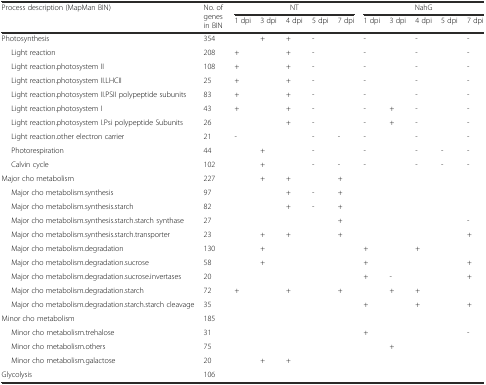
<table><thead><tr><td rowspan="2"><b>Process description (MapMan BIN)</b></td><td rowspan="2"><b>No. of genes in BIN</b></td><td colspan="5"><b>NT</b></td><td colspan="5"><b>NahG</b></td></tr><tr><td><b>1 dpi</b></td><td><b>3 dpi</b></td><td><b>4 dpi</b></td><td><b>5 dpi</b></td><td><b>7 dpi</b></td><td><b>1 dpi</b></td><td><b>3 dpi</b></td><td><b>4 dpi</b></td><td><b>5 dpi</b></td><td><b>7 dpi</b></td></tr></thead><tbody><tr><td>Photosynthesis</td><td>354</td><td></td><td>+</td><td>+</td><td>-</td><td></td><td>-</td><td></td><td>-</td><td></td><td>-</td></tr><tr><td>Light reaction</td><td>208</td><td>+</td><td></td><td>+</td><td>-</td><td></td><td>-</td><td></td><td>-</td><td></td><td>-</td></tr><tr><td>Light reaction.photosystem II</td><td>108</td><td>+</td><td></td><td>+</td><td>-</td><td></td><td>-</td><td></td><td>-</td><td></td><td>-</td></tr><tr><td>Light reaction.photosystem II.LHCII</td><td>25</td><td>+</td><td></td><td>+</td><td>-</td><td></td><td>-</td><td></td><td>-</td><td></td><td>-</td></tr><tr><td>Light reaction.photosystem II.PSII polypeptide subunits</td><td>83</td><td>+</td><td></td><td>+</td><td>-</td><td></td><td>-</td><td></td><td>-</td><td></td><td>-</td></tr><tr><td>Light reaction.photosystem I</td><td>43</td><td>+</td><td></td><td>+</td><td>-</td><td></td><td>-</td><td>+</td><td>-</td><td></td><td>-</td></tr><tr><td>Light reaction.photosystem I.Psi polypeptide Subunits</td><td>26</td><td></td><td></td><td>+</td><td>-</td><td></td><td>-</td><td>+</td><td>-</td><td></td><td>-</td></tr><tr><td>Light reaction.other electron carrier</td><td>21</td><td>-</td><td></td><td></td><td>-</td><td>-</td><td>-</td><td></td><td>-</td><td></td><td>-</td></tr><tr><td>Photorespiration</td><td>44</td><td></td><td>+</td><td></td><td>-</td><td></td><td>-</td><td></td><td>-</td><td>-</td><td>-</td></tr><tr><td>Calvin cycle</td><td>102</td><td></td><td>+</td><td></td><td>-</td><td>-</td><td>-</td><td></td><td>-</td><td>-</td><td>-</td></tr><tr><td>Major cho metabolism</td><td>227</td><td></td><td>+</td><td>+</td><td></td><td>+</td><td></td><td></td><td></td><td></td><td></td></tr><tr><td>Major cho metabolism.synthesis</td><td>97</td><td></td><td></td><td>+</td><td>-</td><td>+</td><td></td><td></td><td></td><td></td><td></td></tr><tr><td>Major cho metabolism.synthesis.starch</td><td>82</td><td></td><td></td><td>+</td><td>-</td><td>+</td><td></td><td></td><td></td><td></td><td></td></tr><tr><td>Major cho metabolism.synthesis.starch.starch synthase</td><td>27</td><td></td><td></td><td></td><td></td><td>+</td><td></td><td></td><td></td><td></td><td>-</td></tr><tr><td>Major cho metabolism.synthesis.starch.transporter</td><td>23</td><td></td><td>+</td><td>+</td><td></td><td>+</td><td></td><td></td><td></td><td></td><td>+</td></tr><tr><td>Major cho metabolism.degradation</td><td>130</td><td></td><td>+</td><td></td><td></td><td></td><td>+</td><td></td><td>+</td><td></td><td></td></tr><tr><td>Major cho metabolism.degradation.sucrose</td><td>58</td><td></td><td>+</td><td></td><td></td><td></td><td>+</td><td></td><td></td><td></td><td>+</td></tr><tr><td>Major cho metabolism.degradation.sucrose.invertases</td><td>20</td><td></td><td></td><td></td><td></td><td></td><td>+</td><td>-</td><td></td><td></td><td>+</td></tr><tr><td>Major cho metabolism.degradation.starch</td><td>72</td><td>+</td><td></td><td>+</td><td></td><td>+</td><td></td><td>+</td><td>+</td><td></td><td></td></tr><tr><td>Major cho metabolism.degradation.starch.starch cleavage</td><td>35</td><td></td><td></td><td></td><td></td><td></td><td>+</td><td></td><td>+</td><td></td><td>+</td></tr><tr><td>Minor cho metabolism</td><td>185</td><td></td><td></td><td></td><td></td><td></td><td></td><td></td><td></td><td></td><td></td></tr><tr><td>Minor cho metabolism.trehalose</td><td>31</td><td></td><td></td><td></td><td></td><td></td><td>+</td><td></td><td></td><td></td><td>-</td></tr><tr><td>Minor cho metabolism.others</td><td>75</td><td></td><td></td><td></td><td></td><td></td><td></td><td>+</td><td></td><td></td><td></td></tr><tr><td>Minor cho metabolism.galactose</td><td>20</td><td></td><td>+</td><td>+</td><td></td><td></td><td></td><td></td><td></td><td></td><td></td></tr><tr><td>Glycolysis</td><td>106</td><td></td><td></td><td></td><td></td><td></td><td></td><td></td><td></td><td></td><td></td></tr></tbody></table>